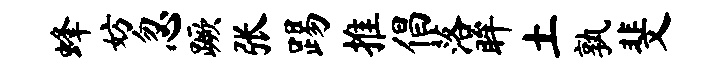
蜂妨忽蹶张踢推倡落眸土孰斐